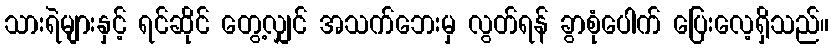
သားရဲများနှင့် ရင်ဆိုင် တွေ့လျှင် အသက်ဘေးမှ လွတ်ရန် ခွာစုံပေါက် ပြေးလေ့ရှိသည်။